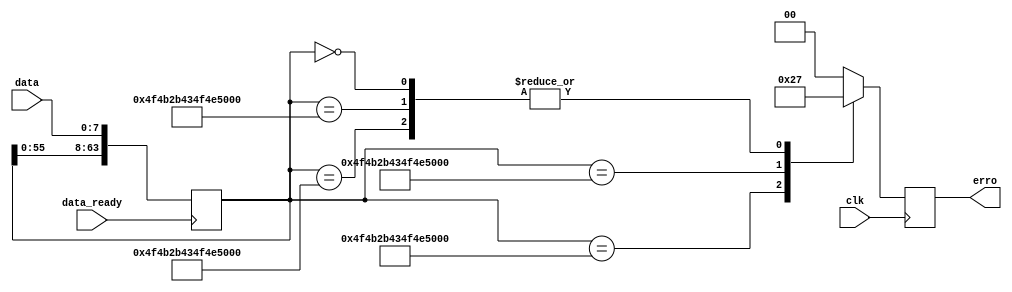
/* Modulo de verificao de erro
 *
 * -V0.0: recebe caracteres aleatorios e verifica se so iguais aos comandos de erros
 *
*/
module verificacao_erro(
						input clk,
						input[7:0] data,
						input data_ready,
						output reg[1:0] erro
								);

//tamanho do comando a ser avaliado
localparam comand_error_lenght = 8;	
		
reg[8*comand_error_lenght-1:0] buffer_data = 63'b0;

always@(negedge data_ready) begin
	buffer_data = {buffer_data[comand_error_lenght*7-1:0],data};
end

always@(posedge clk)begin	
		case(buffer_data)
			"OK+CONNE" : erro = 2'b11;
			"OK+CONNF" : erro = 2'b10;
			"OK+CONNA" : erro = 2'b01;
			"OK+CONNL" : erro = 2'b11;
			0 : erro = 2'b11;
			default: erro= 2'b00;
		endcase
end
endmodule